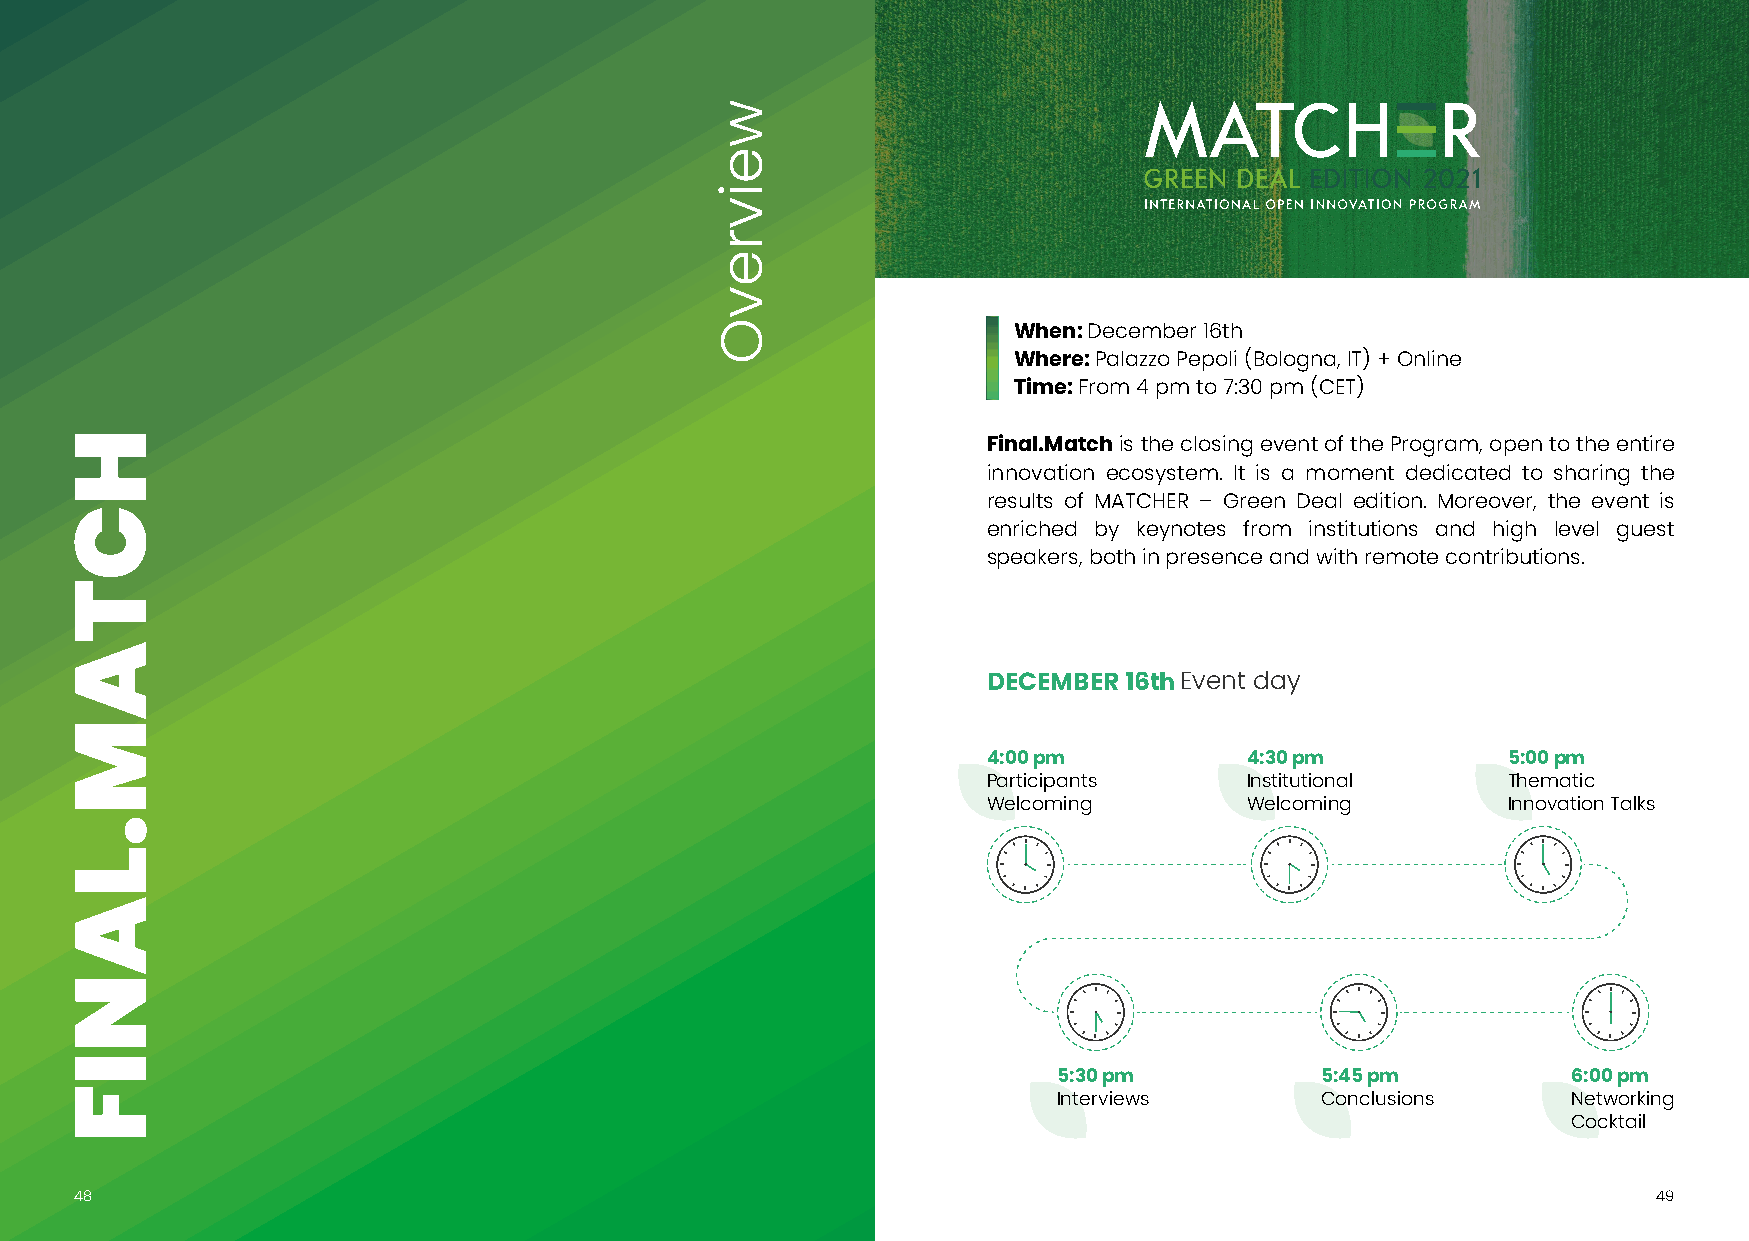
GREEN DEAL EDITION 2021
 When: December 16th
 Where: Palazzo Pepoli (Bologna, IT) + Online
 Time: From 4 pm to 7:30 pm (CET)
 Final.Match is the closing event of the Program, open to the entire
 innovation ecosystem. It is a moment dedicated to sharing the
 results of MATCHER – Green Deal edition. Moreover, the event is
 enriched by keynotes from institutions and high level guest
 speakers, both in presence and with remote contributions.
 DECEMBER 16thEvent day
 DECEMBER 16thEvent day
 4:00 pm          4:30 pm           5:00 pm
 Participants     Institutional     Thematic
 4:00 pm          4:30 pm           5:00 pm
 Welcoming        Welcoming         Innovation Talks
 Participants     Institutional     Thematic
 Welcoming        Welcoming         Innovation Talks
 5:30 pm          5:45 pm          6:00 pm
 Interviews       Conclusions      Networking
 5:30 pm          5:45 pm          6:00 pm
 Cocktail
 Interviews       Conclusions      Networking
 Cocktail
 48                                                                                                       4499
 HCTAM.LANIF
 weivrevO